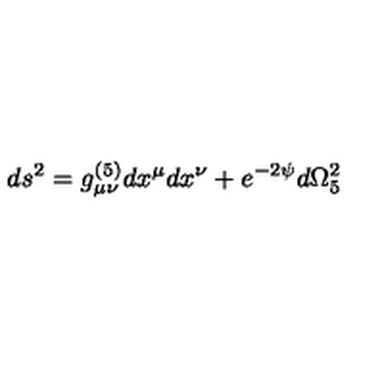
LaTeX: d s ^ { 2 } = g _ { \mu \nu } ^ { ( 5 ) } d x ^ { \mu } d x ^ { \nu } + e ^ { - 2 \psi } d \Omega _ { 5 } ^ { 2 }